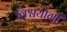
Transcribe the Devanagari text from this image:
विश्वयोगी